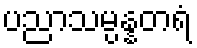
ပညာသမ္ပန္နတရံ